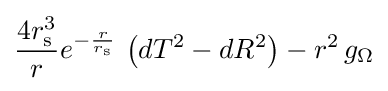
{\frac {4r_{\mathrm {s} }^{3}}{r}}e^{-{\frac {r}{r_{\mathrm {s} }}}}\,\left(dT^{2}-dR^{2}\right)-r^{2}\,g_{\Omega }